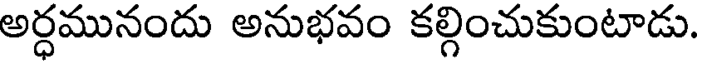
అర్ధమునందు అనుభవం కల్గించుకుంటాడు.